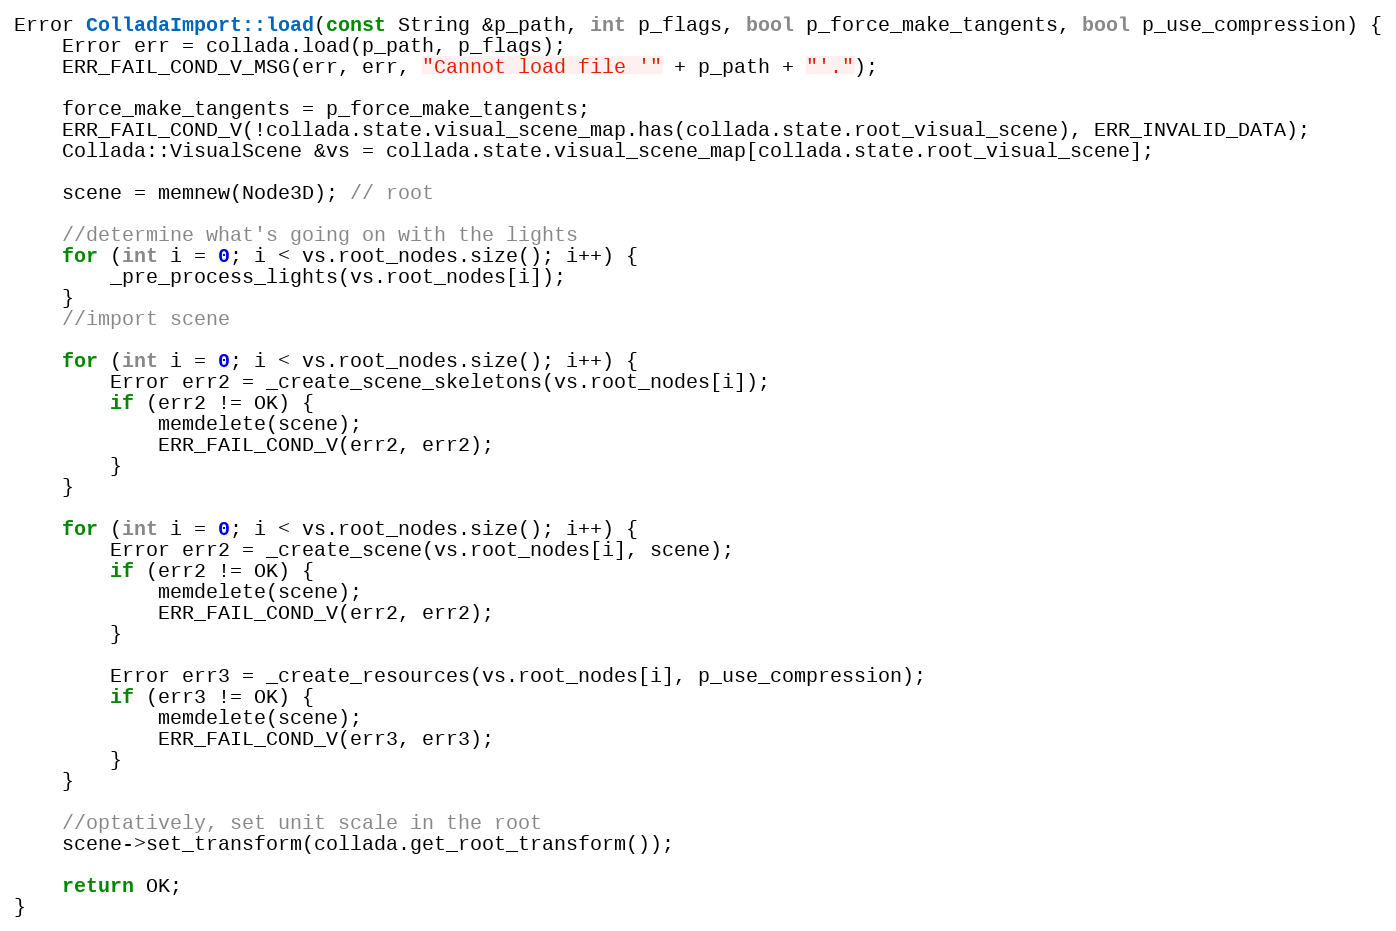
Language: C++
Error ColladaImport::load(const String &p_path, int p_flags, bool p_force_make_tangents, bool p_use_compression) {
	Error err = collada.load(p_path, p_flags);
	ERR_FAIL_COND_V_MSG(err, err, "Cannot load file '" + p_path + "'.");

	force_make_tangents = p_force_make_tangents;
	ERR_FAIL_COND_V(!collada.state.visual_scene_map.has(collada.state.root_visual_scene), ERR_INVALID_DATA);
	Collada::VisualScene &vs = collada.state.visual_scene_map[collada.state.root_visual_scene];

	scene = memnew(Node3D); // root

	//determine what's going on with the lights
	for (int i = 0; i < vs.root_nodes.size(); i++) {
		_pre_process_lights(vs.root_nodes[i]);
	}
	//import scene

	for (int i = 0; i < vs.root_nodes.size(); i++) {
		Error err2 = _create_scene_skeletons(vs.root_nodes[i]);
		if (err2 != OK) {
			memdelete(scene);
			ERR_FAIL_COND_V(err2, err2);
		}
	}

	for (int i = 0; i < vs.root_nodes.size(); i++) {
		Error err2 = _create_scene(vs.root_nodes[i], scene);
		if (err2 != OK) {
			memdelete(scene);
			ERR_FAIL_COND_V(err2, err2);
		}

		Error err3 = _create_resources(vs.root_nodes[i], p_use_compression);
		if (err3 != OK) {
			memdelete(scene);
			ERR_FAIL_COND_V(err3, err3);
		}
	}

	//optatively, set unit scale in the root
	scene->set_transform(collada.get_root_transform());

	return OK;
}